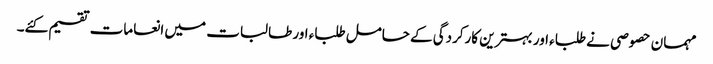
مہمان حصوصی نے طلباء اور بہترین کارکردگی کے حامل طلباء اور طالبات میں انعامات تقسیم کئے۔